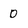
Character: D